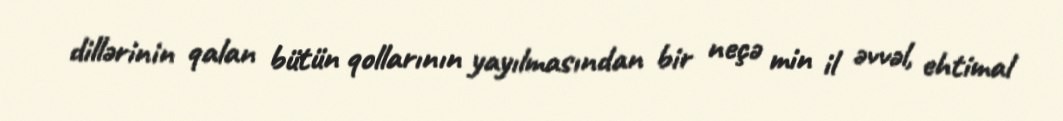
dillərinin qalan bütün qollarının yayılmasından bir neçə min il əvvəl, ehtimal